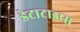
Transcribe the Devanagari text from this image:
डेटाटाइप्स